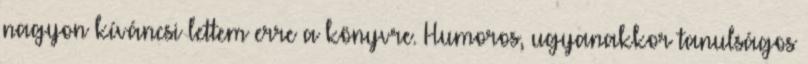
nagyon kíváncsi lettem erre a könyvre. Humoros, ugyanakkor tanulságos